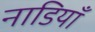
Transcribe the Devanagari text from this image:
नाडियाँ